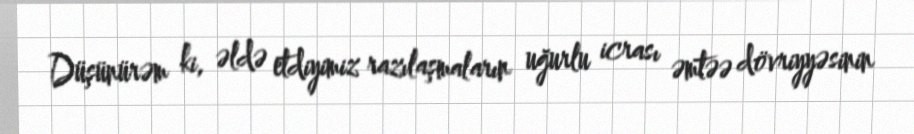
Düşünürəm ki, əldə etdiyimiz razılaşmaların uğurlu icrası əmtəə dövriyyəsinin